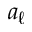
a _ { \ell }